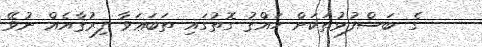
- ގެ ބަސްފުޅުތަކަށް ހައްޤު ގޮތުގައި ތަބަޢަވާ ފިރުޤާއެއް ނުވޭ